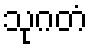
သုဂတံ